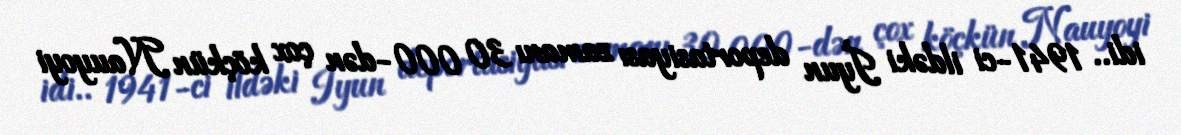
idi.. 1941-ci ildəki İyun deportasiyası zamanı 30 000-dən çox köçkün Nauyoyi